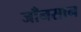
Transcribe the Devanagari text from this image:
जाँनसान